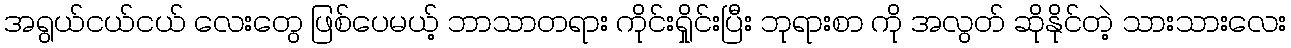
အရွယ်ငယ်ငယ် လေးတွေ ဖြစ်ပေမယ့် ဘာသာတရား ကိုင်းရှိုင်းပြီး ဘုရားစာ ကို အလွတ် ဆိုနိုင်တဲ့ သားသားလေး